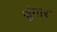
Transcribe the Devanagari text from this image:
श्रुंगार